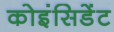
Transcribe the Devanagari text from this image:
कोइंसिडेंट